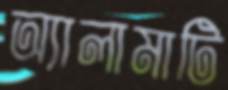
অ্যালামাটি